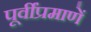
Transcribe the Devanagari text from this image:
पूर्वींप्रमाणें